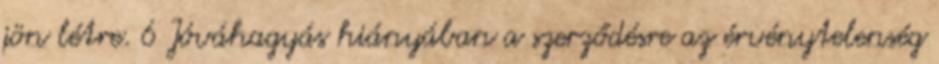
jön létre. 6 Jóváhagyás hiányában a szerződésre az érvénytelenség